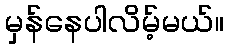
မှန်နေပါလိမ့်မယ်။